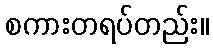
စကားတရပ်တည်း။